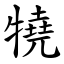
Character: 㹓